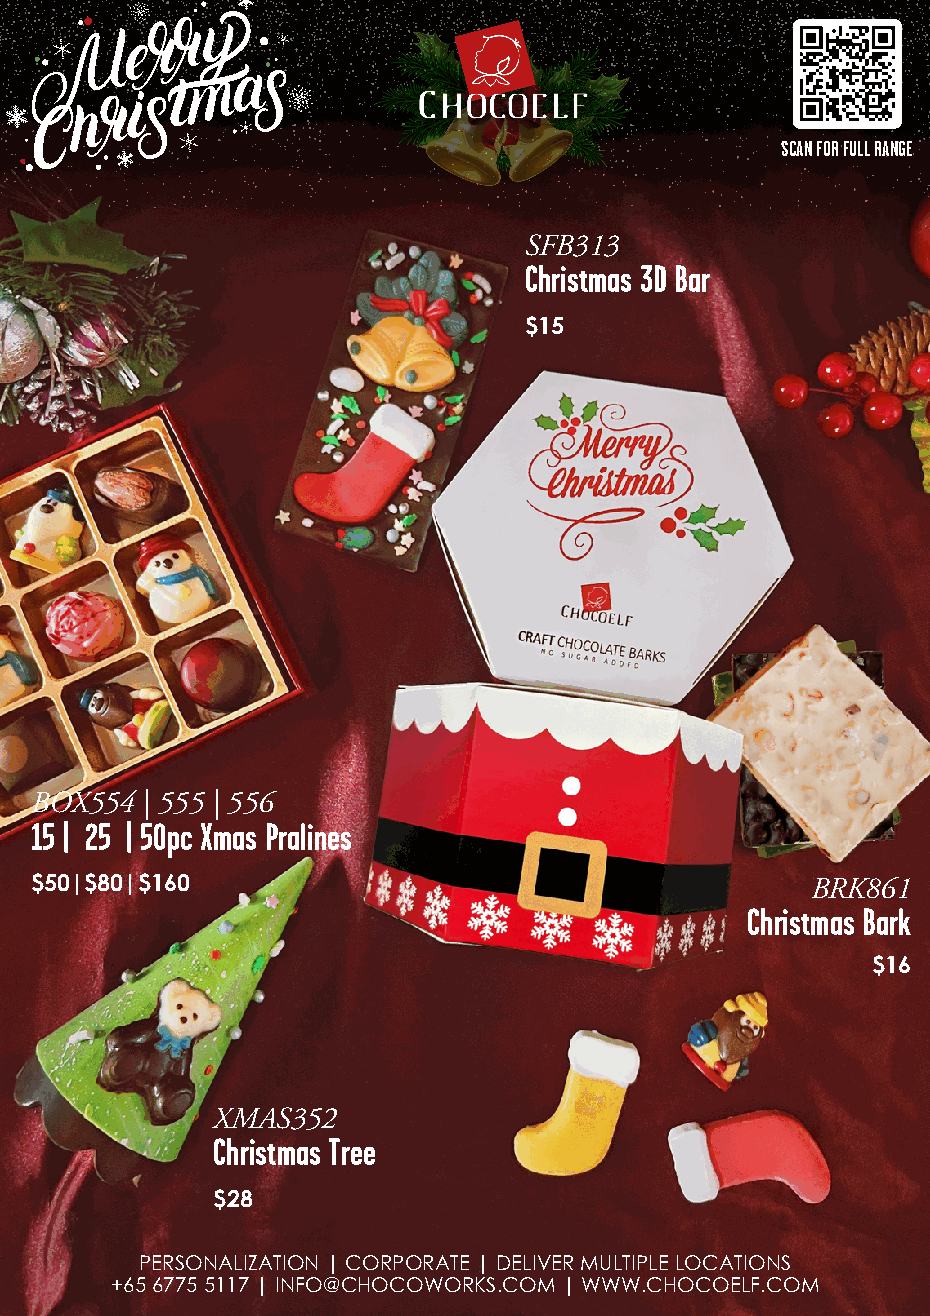
SCAN FOR FULL RANGE
 SFB313
 Christmas 3D Bar
 $15
 BOX554 | 555 | 556
 15 | 25 | 50pc Xmas Pralines
 $50|$80|$160                                        BRK861
 Christmas Bark
 $16
 XMAS352
 Christmas Tree
 $28
 PERSONALIZATION | CORPORATE | DELIVER MULTIPLE LOCATIONS
 +65 6775 5117 | INFO@CHOCOWORKS.COM | WWW.CHOCOELF.COM